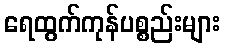
ရေထွက်ကုန်ပစ္စည်းများ